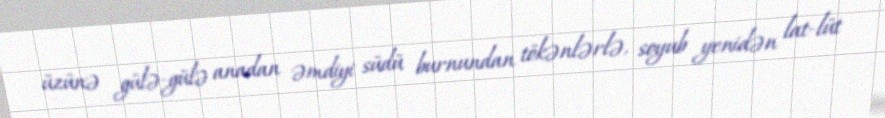
üzünə gülə-gülə anadan əmdiyi südü burnundan tökənlərlə, soyub yenidən lat-lüt